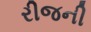
રીજની